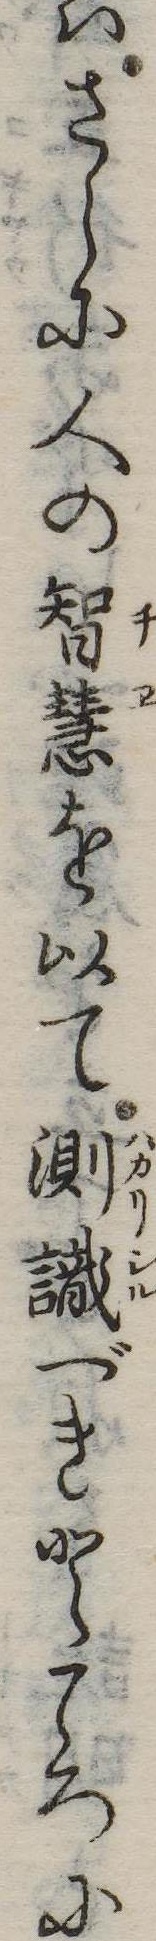
はさらに人の智慧を以て測識べきところに